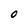
Character: 0